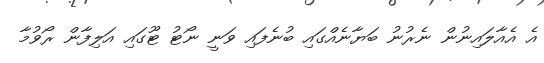
އެ އެއާލައިނުން ނެރުނު ބަޔާނެއްގައި ބުނެފައި ވަނީ ނޯޓު ޓޫގައި އަލިފާން ރޯވުމާ